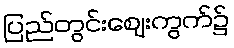
ပြည်တွင်းဈေးကွက်၌